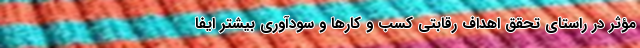
مؤثر در راستای تحقق اهداف رقابتی کسب و کارها و سودآوری بیشتر ایفا